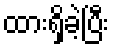
ထားရှိခဲ့ပြီး